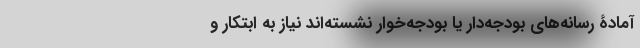
آمادۀ رسانه‌های بودجه‌دار یا بودجه‌خوار نشسته‌اند نیاز به ابتکار و